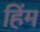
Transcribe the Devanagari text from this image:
हिंम